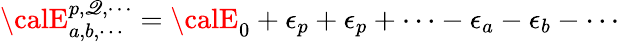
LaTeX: {\calE}_{a,b,\cdots}^{p,\mathscr{Q},\cdots}={\calE}_{0}+\epsilon_{p}+\epsilon_{p}+\cdots-\epsilon_{a}-\epsilon_{b}-\cdots